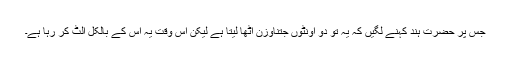
جس پر حضرت ہند کہنے لگیں کہ یہ تو دو اونٹوں جتناوزن اٹھا لیتا ہے لیکن اس وقت یہ اس کے بالکل الٹ کر رہا ہے۔